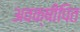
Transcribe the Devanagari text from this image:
अवक्षीपित